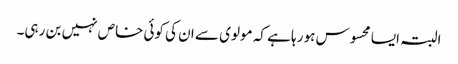
البتہ ایسا محسوس ہو رہا ہے کہ مولوی سے ان کی کوئی خاص نہیں بن رہی۔